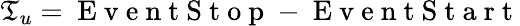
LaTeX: \mathfrak{T}_{u}=\mathrm{{~E~v~e~n~t~S~t~o~p~}}-\mathrm{{~E~v~e~n~t~S~t~a~r~t~}}